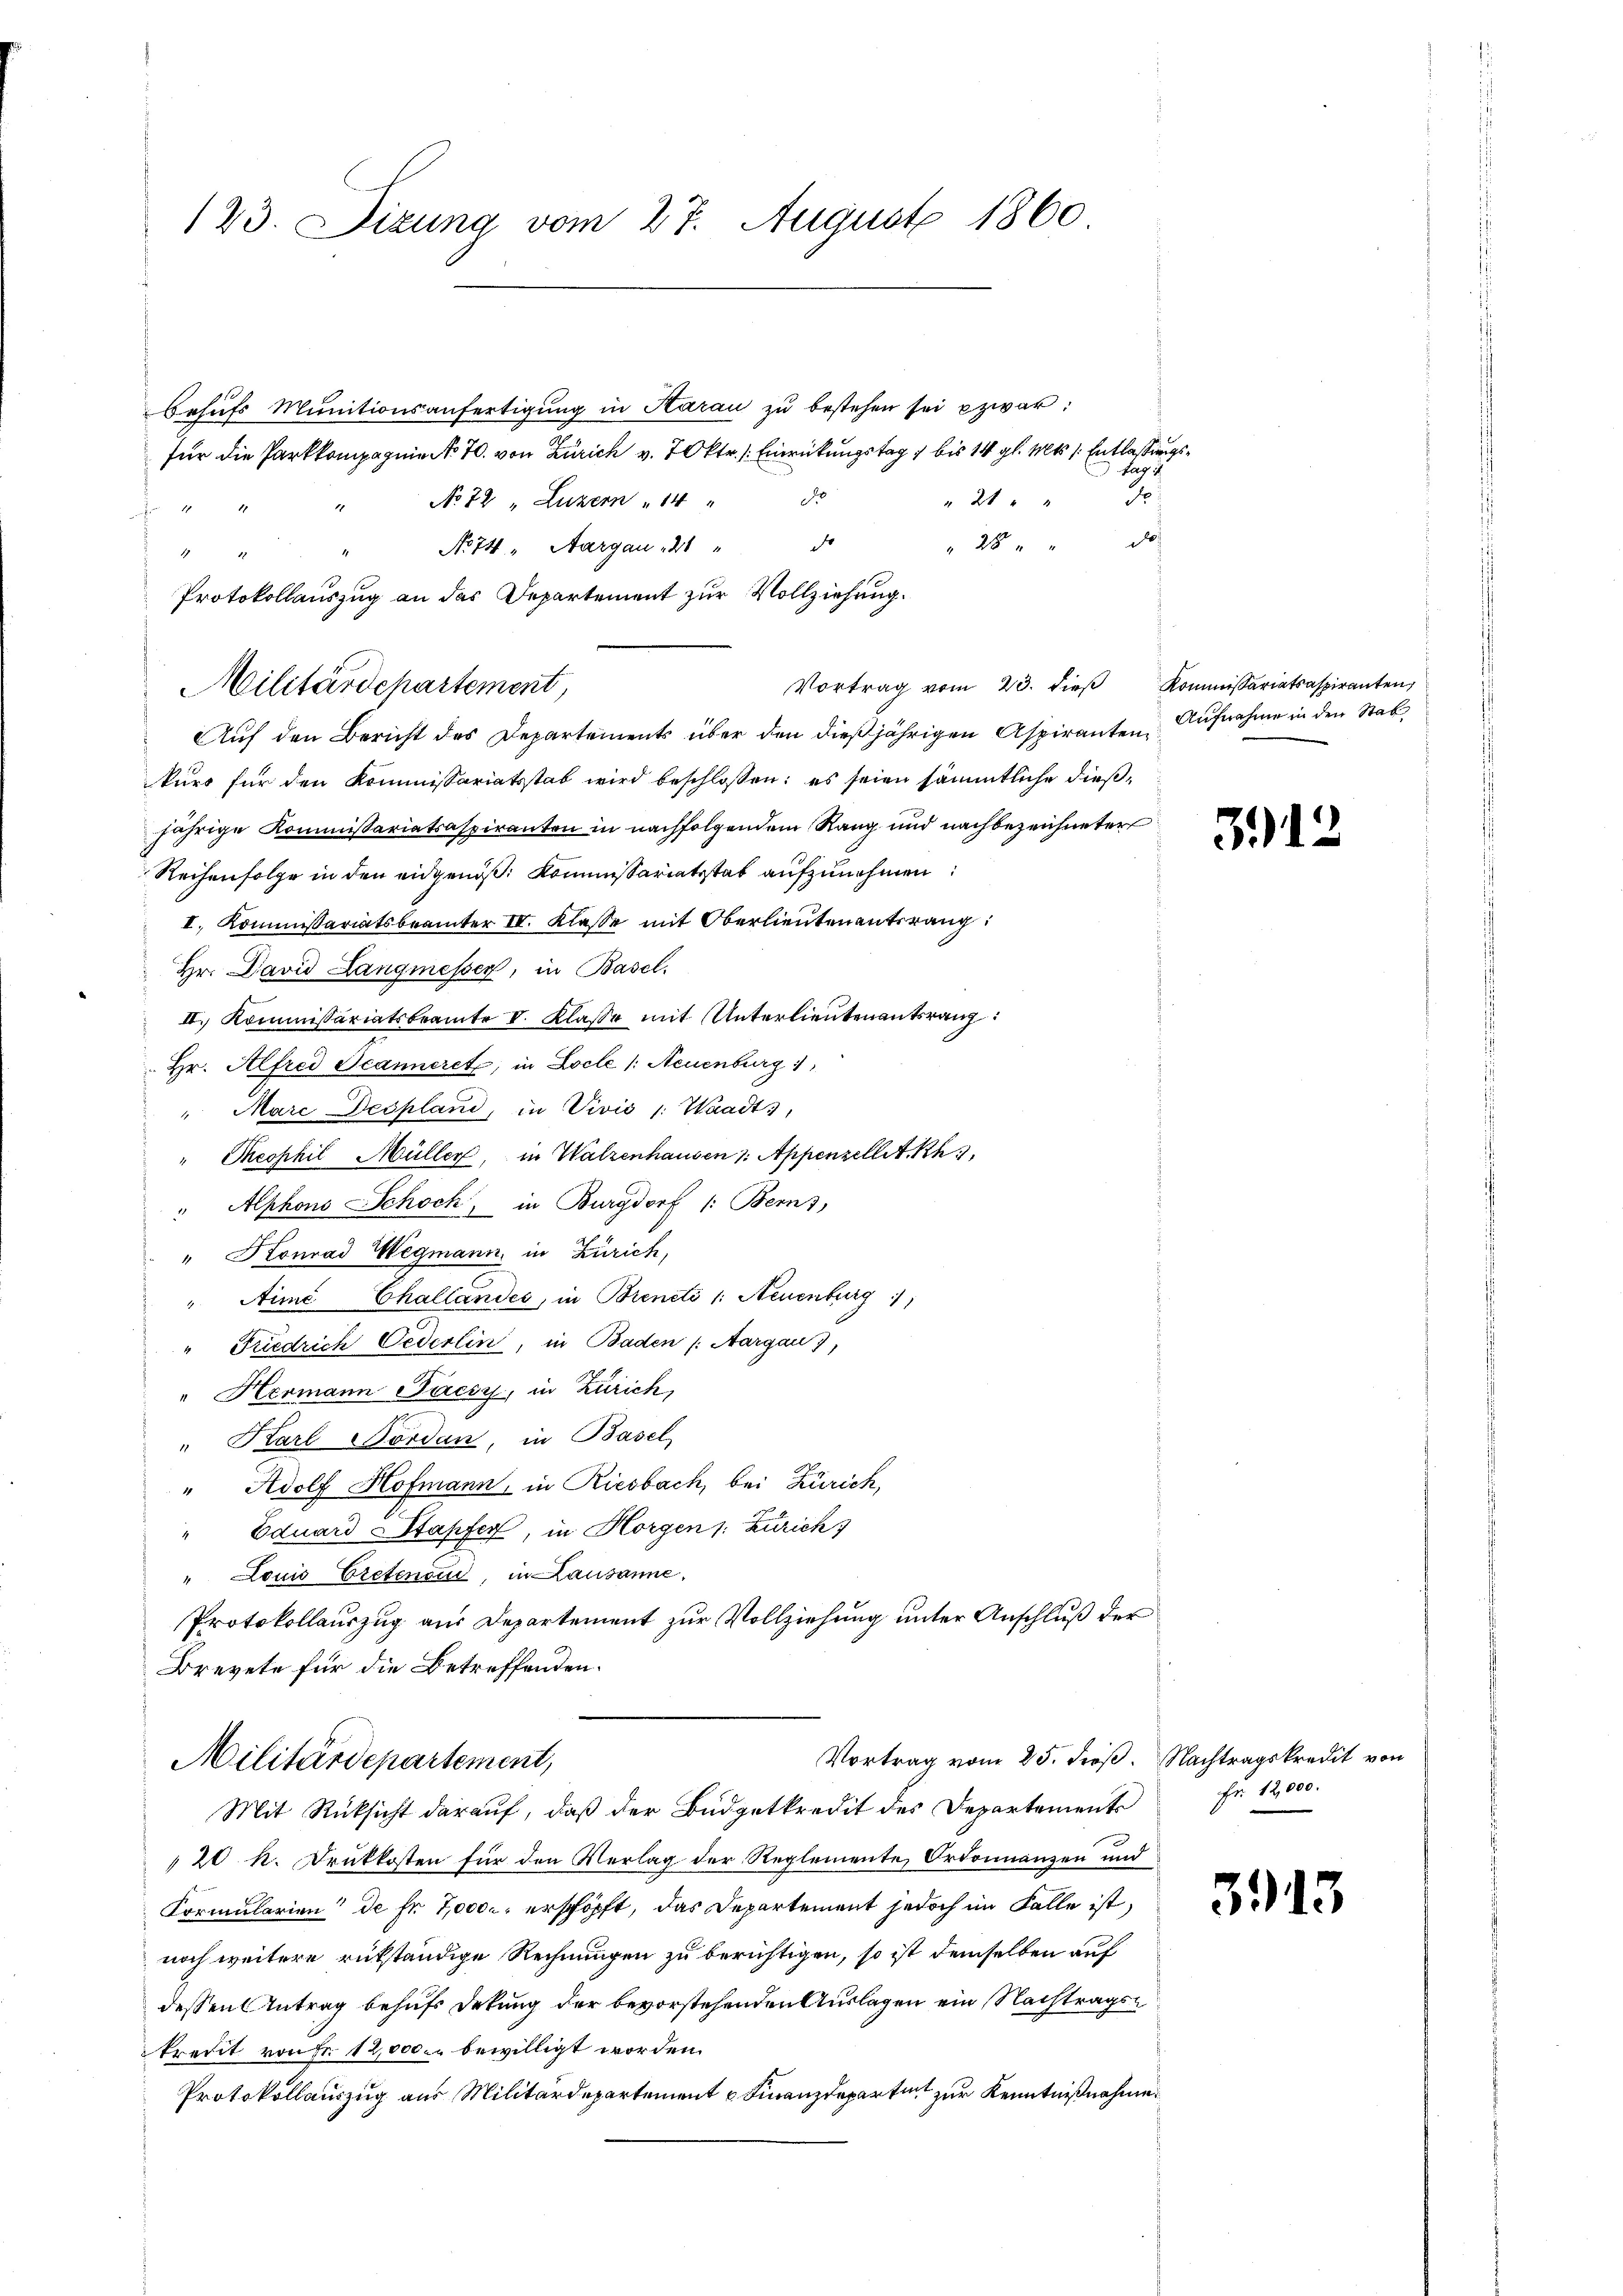
123. Dizung vom 27. August 1860

Behŭfs Munitionsanfertigung in Aarau zu bestehen sei zwar:
für die Partkompagnie No 70. von Zürich v. 7. Okt. Einrückungstag 1 bis 14 gl. Mts. s. Entlassungstag is
d
21
No 72 "Luzern " 14 " 5.
 1847
de
de
28
Auf den Bericht des Departements über den dießjährigen Aspirantenkurs für den Kommissariatsstat wird beschlossen: es seien sämmtliche dießjährige Kommissariatsaspiranten in nachfolgendem Rang und nachbezeichneter
Reihenfolge in den eidgenöß: Kommissariatsstat aufzunehmen:
I. Kommissariatsbeamter IV. Klasse mit Oberlieutenantrang:
Hr. David Langmesser, in Basel.
II. Kommissariatsbeamte V. Klasse mit Unterlieutenantsrang
Hr. Alfred Jeanneret, in Locle /: Neuenburg
" Marc Despland, in Vivić /: Waadt,
Theophil Müller, in Walzenhausen 1. Appenzellet. Rh
" Alphons Schoch, in Burgdorf /: Berns,
" Konrad Wegmann, in Zürich,
"Nimé Challandes, in Brencti /: Neuenburg
" Friedrich Cederlin, in Baden /: Aargau),
" Hermann Bácsy, in Zürich,
" Karl Nordan, in Basel,
" Adolf Hofmann, in Riesbach, bei Zürich,
" Eduard Stapfer, in Horgen /: Zürich)
" Louis Cretenen, in Lausanne.
Protokollauszug aus Departement zur Vollziehung unter Anschluß der
Brevete für die Betreffenden.
Vortrag vom 25. dieß. Nachtragskredit von
Militärdepartement,
Mit Rücksicht darauf, daß der Budgetkredit des Departements
20 k. Druckkosten für den Verlag der Reglemente Ordonnanzen und
Kormularien de fr. 7000 erschöpft, das Departement jedoch im Falle ist,
noch weitere rükständige Rechnungen zu berichtigen, so ist demselben auf
dessen Antrag behufs Dekung der bevorstehenden Auslagen ein Nachtragsredit von Fr. 12,000 bewilligt worden.
Protokollauszug aus Militärdepartement u. Finanzdepartet zur Kenntnißnahme

No 74 Aargau 21 "
2
Protokollauszug an das Departement zur Vollziehung.
Militärdepartement,

Vortrag vom 23. dieβ Kommissariatsaspiranten,

Aufnahme in den Stat

3912

Fr. 12,000.

3913